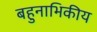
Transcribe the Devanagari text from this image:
बहुनाभिकीय